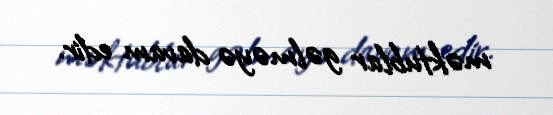
məktublar gəlməyə davam edir.